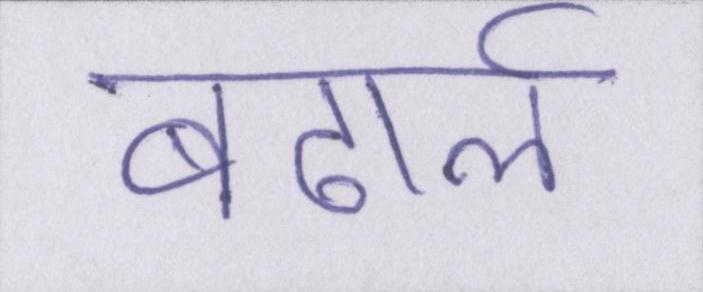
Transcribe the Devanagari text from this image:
बढार्ऌ